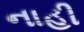
નાહી